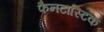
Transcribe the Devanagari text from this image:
फैनटास्टिक